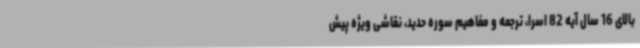
بالای 16 سال آیه 82 اسرا، ترجمه و مفاهیم سوره حدید، نقاشی ویژه پیش